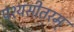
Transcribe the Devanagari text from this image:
पश्यसीतरम्